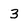
Character: 3